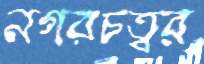
নগরচত্বর